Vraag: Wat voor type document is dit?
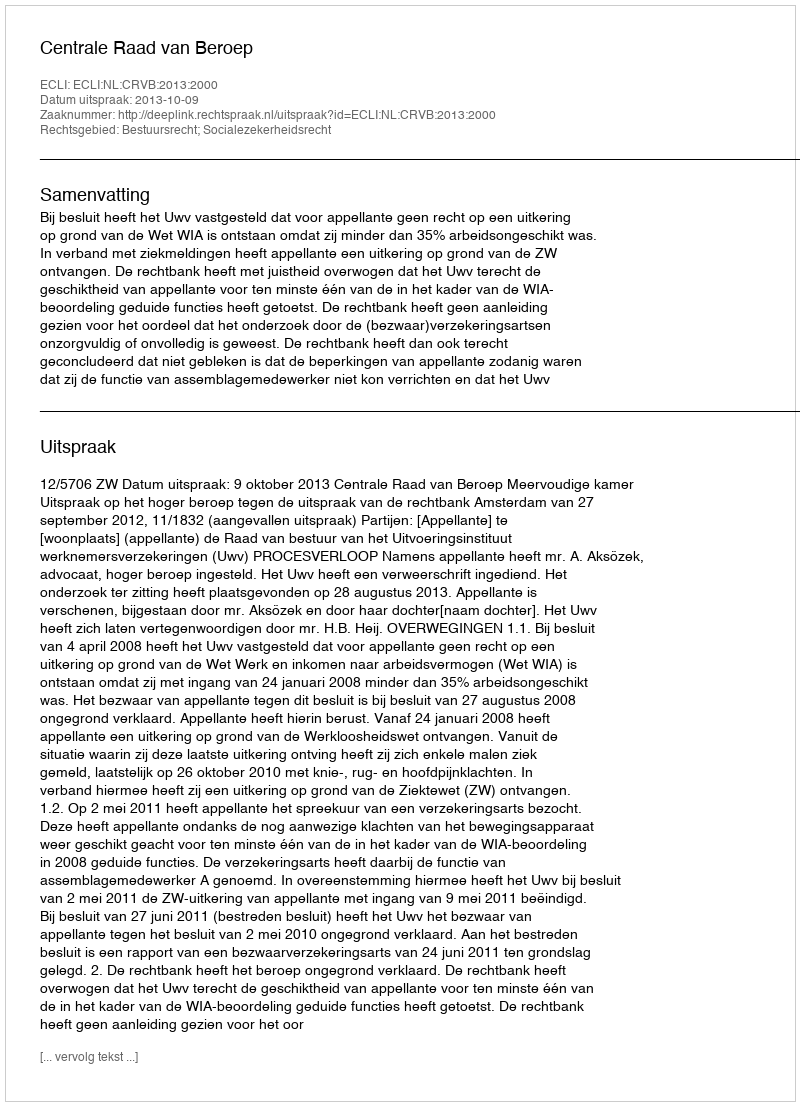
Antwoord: Uitspraak